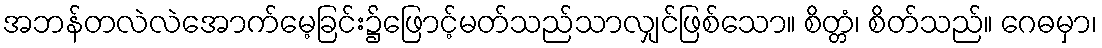
အဘန်တလဲလဲအောက်မေ့ခြင်း၌ဖြောင့်မတ်သည်သာလျှင်ဖြစ်သော။ စိတ္တံ၊ စိတ်သည်။ ဂေဓမှာ၊